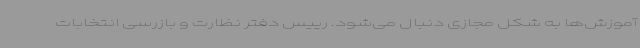
آموزش‌ها به شکل مجازی دنبال می‌شود. رییس دفتر نظارت و بازرسی انتخابات